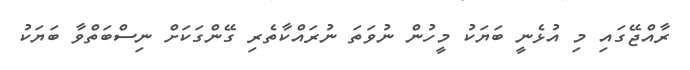
ރާއްޖޭގައި މި އުޅެނީ ބަޔަކު މީހުން ނުވަތަ ނުރައްކާތެރި ގޭންގަކަށް ނިސްބަތްވާ ބަޔަކު